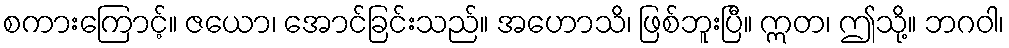
စကားကြောင့်။ ဇယော၊ အောင်ခြင်းသည်။ အဟောသိ၊ ဖြစ်ဘူးပြီ။ ဣတ၊ ဤသို့။ ဘဂဝါ၊